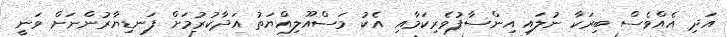
އަދި އެއްވެސް ބިރަކާ ނުލައި އިންސާފުވެރިކަމާއި އެކު މަސްއޫލިއްޔަތު އަދާކުރުމަށް ފަނޑިޔާރުންނަށް ވަނީ